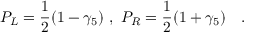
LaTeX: P _ { L } = \frac { 1 } { 2 } ( 1 - \gamma _ { 5 } ) \ , \ P _ { R } = \frac { 1 } { 2 } ( 1 + \gamma _ { 5 } ) \quad .